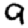
Digit: 9